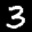
Label: 3